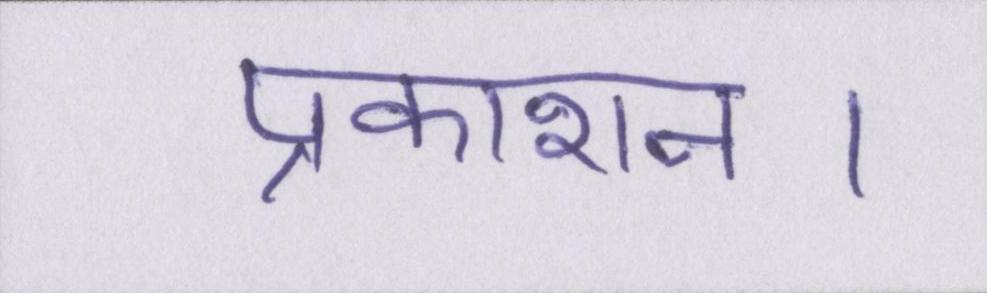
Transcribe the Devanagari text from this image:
प्रकाशन।